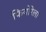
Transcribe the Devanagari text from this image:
फियोरेला